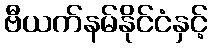
ဗီယက်နမ်နိုင်ငံနှင့်